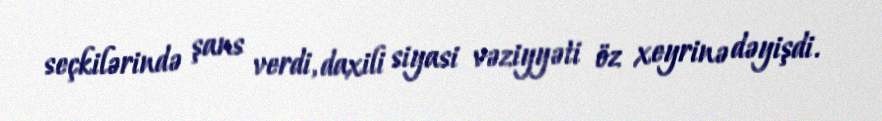
seçkilərində şans verdi, daxili siyasi vəziyyəti öz xeyrinə dəyişdi.